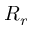
R _ { r }